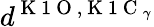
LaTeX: d^{\mathrm{~K~1~O~},\mathrm{~K~1~C~}_{\gamma}}